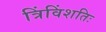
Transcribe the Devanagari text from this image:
त्रिंविंशतिः